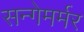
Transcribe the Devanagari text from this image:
सन्गेमर्मर